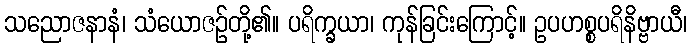
သညောဇနာနံ၊ သံယောဇဉ်တို့၏။ ပရိက္ခယာ၊ ကုန်ခြင်းကြောင့်။ ဥပဟစ္စပရိနိဗ္ဗာယီ၊